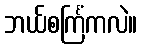
ဘယ်စင်္ကြံကလဲ။